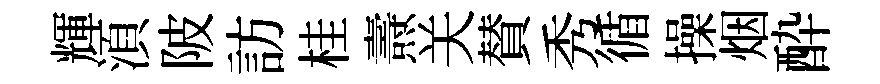
輝湏陂訪桂燾关賛秀循操烟酔